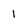
Character: l